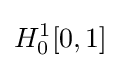
H_{0}^{1}[0,1]